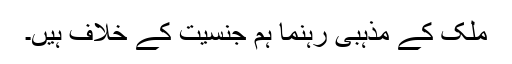
ملک کے مذہبی رہنما ہم جنسیت کے خلاف ہیں۔